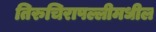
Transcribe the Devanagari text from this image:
तिरुचिरापल्लीमधील